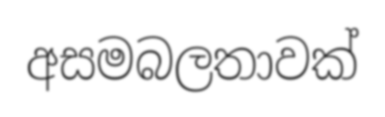
අසමබලතාවක්